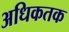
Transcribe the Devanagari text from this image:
अधिकतक